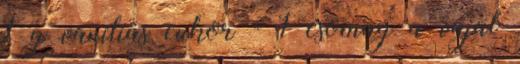
1 g vaníliás cukor - 1 csomag a vajat